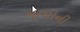
નામોની